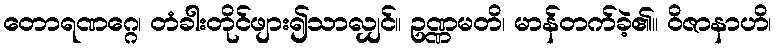
တောရဏဂ္ဂေ၊ တံခါးတိုင်ဖျား၍သာလျှင်။ ဥဏ္ဏမတိ၊ မာန်တက်ခဲ့၏။ ဝိဇာနာဟိ၊